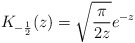
\begin{align*}K_{-{1\over 2}} (z) = \sqrt{\pi\over 2z} e^{-z}\end{align*}